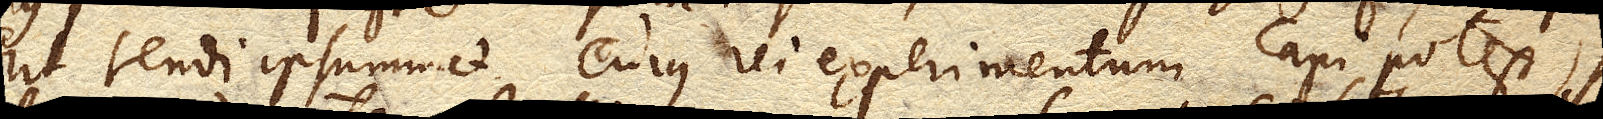
erit tendi ipsummet. Cujus rei experimentum capi potest, si